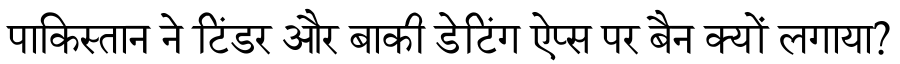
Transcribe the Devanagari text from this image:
पाकिस्तान ने टिंडर और बाकी डेटिंग ऐप्स पर बैन क्यों लगाया?